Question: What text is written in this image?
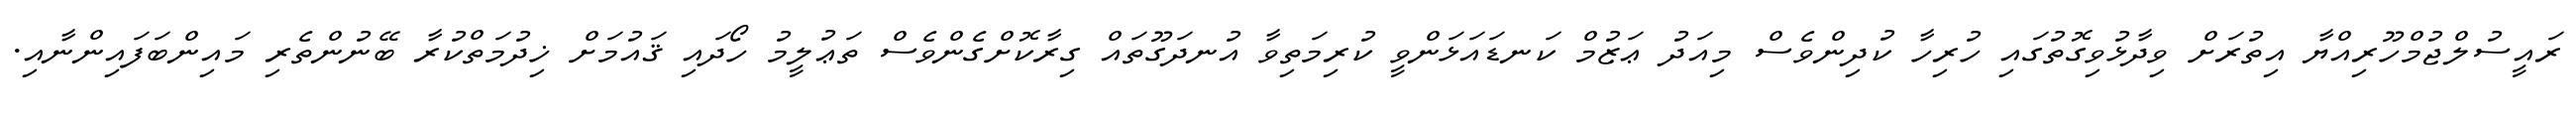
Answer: ރައީސުލްޖުމްހޫރިއްޔާ އިތުރަށް ވިދާޅުވިގޮތުގައި ހުރިހާ ކުދިންވެސް މިއަދު ޢަޒުމް ކަނޑައަޅަންވީ ކުރިމަތިވާ އުނދަގޫތައް ގިރާކޮށްގެންވެސް ތަޢުލީމު ހޯދައި ޤައުމަށް ޚިދުމަތްކުރާ ބޭނުންތެރި މައިންބަފައިންނާއި.